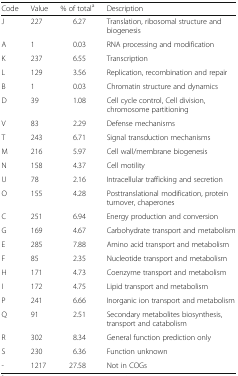
| Code | Value | % of totala | Description |
 | --- | --- | --- | --- |
 | J | 227 | 6.27 | Translation, ribosomal structure and biogenesis |
 | A | 1 | 0.03 | RNA processing and modification |
 | K | 237 | 6.55 | Transcription |
 | L | 129 | 3.56 | Replication, recombination and repair |
 | B | 1 | 0.03 | Chromatin structure and dynamics |
 | D | 39 | 1.08 | Cell cycle control, Cell division, chromosome partitioning |
 | V | 83 | 2.29 | Defense mechanisms |
 | T | 243 | 6.71 | Signal transduction mechanisms |
 | M | 216 | 5.97 | Cell wall/membrane biogenesis |
 | N | 158 | 4.37 | Cell motility |
 | U | 78 | 2.16 | Intracellular trafficking and secretion |
 | O | 155 | 4.28 | Posttranslational modification, protein turnover, chaperones |
 | C | 251 | 6.94 | Energy production and conversion |
 | G | 169 | 4.67 | Carbohydrate transport and metabolism |
 | E | 285 | 7.88 | Amino acid transport and metabolism |
 | F | 85 | 2.35 | Nucleotide transport and metabolism |
 | H | 171 | 4.73 | Coenzyme transport and metabolism |
 | I | 172 | 4.75 | Lipid transport and metabolism |
 | P | 241 | 6.66 | Inorganic ion transport and metabolism |
 | Q | 91 | 2.51 | Secondary metabolites biosynthesis, transport and catabolism |
 | R | 302 | 8.34 | General function prediction only |
 | S | 230 | 6.36 | Function unknown |
 | - | 1217 | 27.58 | Not in COGs |